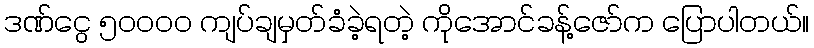
ဒဏ်ငွေ ၅ဝဝဝဝ ကျပ်ချမှတ်ခံခဲ့ရတဲ့ ကိုအောင်ခန့်ဇော်က ပြောပါတယ်။